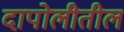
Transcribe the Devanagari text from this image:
दापोलीतील